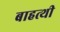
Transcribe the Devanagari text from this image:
बाहत्थी